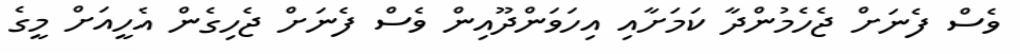
ވެސް ފެނަށް ޖެހެމުންދާ ކަމަށާއި އިހަވަންދޫއިން ވެސް ފެނަށް ޖެހިގެން އެހީއަށް މީގެ